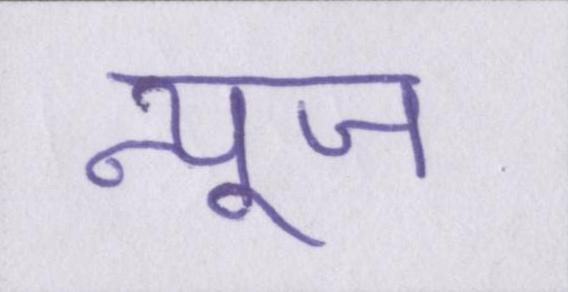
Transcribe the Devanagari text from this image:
न्यूज